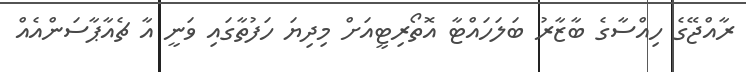
ރާއްޖޭގެ ހިއްސާގެ ބާޒާރު ބަލަހައްޓާ އޮތޯރިޓީއަށް މިދިޔަ ހަފުތާގައި ވަނީ އާ ޗެއާޕާސަންއެއް